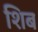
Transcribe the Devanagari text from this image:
शिब